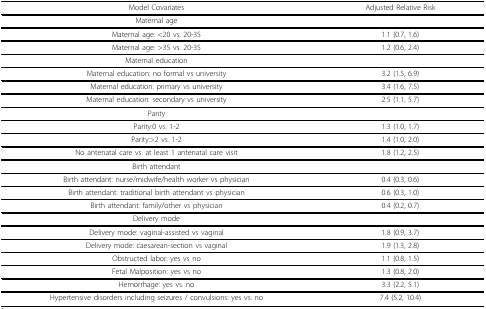
<table><thead><tr><td><b>Model Covariates</b></td><td><b>Adjusted Relative Risk</b></td></tr></thead><tbody><tr><td>Maternal age</td><td></td></tr><tr><td>Maternal age: &lt;20 vs. 20-35</td><td>1.1 (0.7, 1.6)</td></tr><tr><td>Maternal age: &gt;35 vs. 20-35</td><td>1.2 (0.6, 2.4)</td></tr><tr><td>Maternal education</td><td></td></tr><tr><td>Maternal education: no formal vs university</td><td>3.2 (1.5, 6.9)</td></tr><tr><td>Maternal education: primary vs university</td><td>3.4 (1.6, 7.5)</td></tr><tr><td>Maternal education: secondary vs university</td><td>2.5 (1.1, 5.7)</td></tr><tr><td>Parity</td><td></td></tr><tr><td>Parity:0 vs. 1-2</td><td>1.3 (1.0, 1.7)</td></tr><tr><td>Parity:&gt;2 vs. 1-2</td><td>1.4 (1.0, 2.0)</td></tr><tr><td>No antenatal care vs. at least 1 antenatal care visit</td><td>1.8 (1.2, 2.5)</td></tr><tr><td>Birth attendant</td><td></td></tr><tr><td>Birth attendant: nurse/midwife/health worker vs physician</td><td>0.4 (0.3, 0.6)</td></tr><tr><td>Birth attendant: traditional birth attendant vs physician</td><td>0.6 (0.3, 1.0)</td></tr><tr><td>Birth attendant: family/other vs physician</td><td>0.4 (0.2, 0.7)</td></tr><tr><td>Delivery mode</td><td></td></tr><tr><td>Delivery mode: vaginal-assisted vs vaginal</td><td>1.8 (0.9, 3.7)</td></tr><tr><td>Delivery mode: caesarean-section vs vaginal</td><td>1.9 (1.3, 2.8)</td></tr><tr><td>Obstructed labor: yes vs no</td><td>1.1 (0.8, 1.5)</td></tr><tr><td>Fetal Malposition: yes vs no</td><td>1.3 (0.8, 2.0)</td></tr><tr><td>Hemorrhage: yes vs. no</td><td>3.3 (2.2, 5.1)</td></tr><tr><td>Hypertensive disorders including seizures / convulsions: yes vs. no</td><td>7.4 (5.2, 10.4)</td></tr></tbody></table>